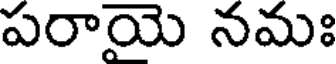
పరాయె నమః